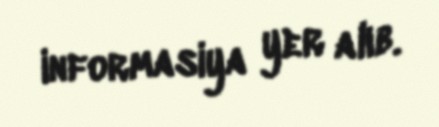
informasiya yer alıb.